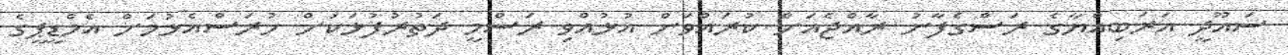
ސައޫދީ އަރަބިއްޔާގެ ރަސްގެފާނު ރާއްޖެއަށް ކުރައްވަން އުޅުއްވި ރަސްމީ ދަތުރުފުޅަކަށް ހުރަސްއެޅުމަށް އެމްޑީޕީގެ